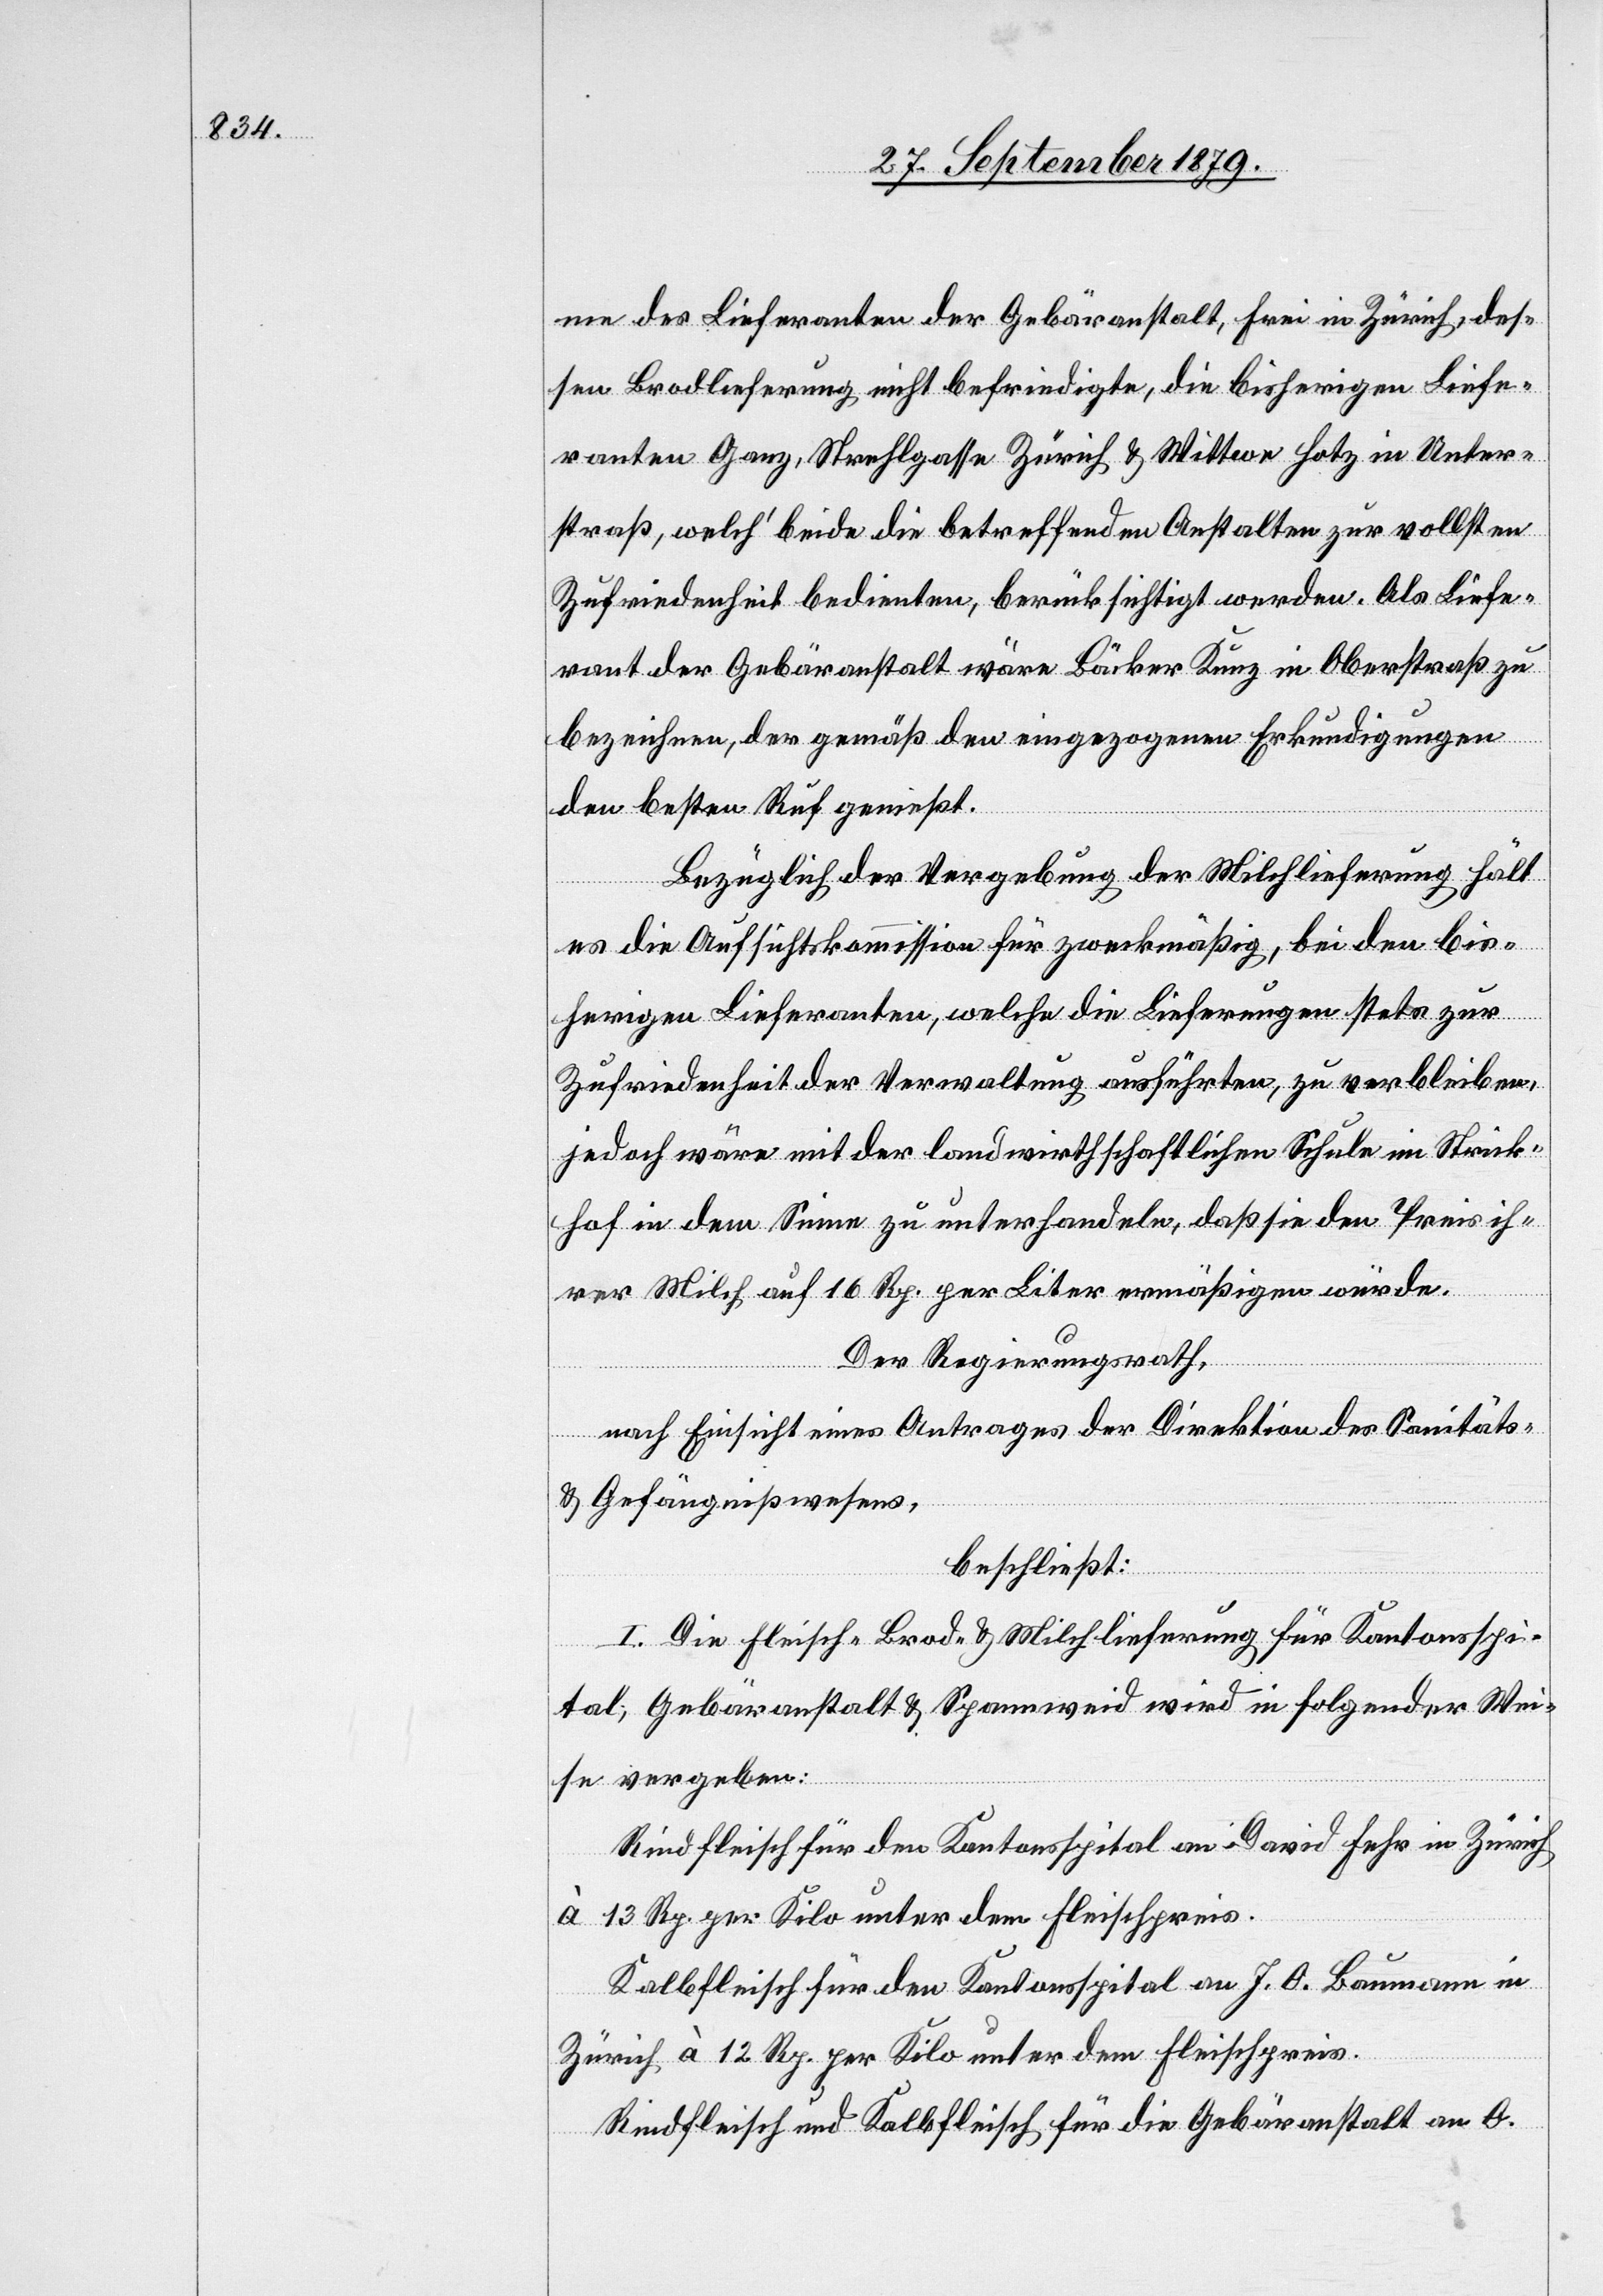
me des Lieferanten der Gebäranstalt, Frei in Zürich, des¬
sen Brodlieferung nicht befriedigte, die bisherigen Liefe¬
ranten Ganz, Strehlgasse Zürich & Wittwe Hotz in Unter¬
straß, welch’ beide die betreffenden Anstalten zur vollsten
Zufriedenheit bedienten, berücksichtigt werden. Als Liefe¬
rant der Gebäranstalt wäre Bäcker Kunz in Oberstraß zu
bezeichnen, der gemäß den eingezogenen Erkundigungen
den besten Ruf genießt.
Bezüglich der Vergebung der Milchlieferung hält
es die Aufsichtskommission für zweckmäßig, bei den bis¬
herigen Lieferanten, welche die Lieferungen stets zur
Zufriedenheit der Verwaltung ausführten, zu verbleiben,
jedoch wäre mit der landwirthschaftlichen Schule im Strick¬
hof in dem Sinne zu unterhandeln, daß sie den Preis ih¬
rer Milch auf 16 Rp. per Liter ermäßigen würde.
Der Regierungsrath,
nach Einsicht eines Antrages der Direktion des Sanitäts-
& Gefängnißwesens,
beschließt:
I. Die Fleisch-[,] Brod- & Milchlieferung für Kantonsspi¬
tal, Gebäranstalt & Spannweid wird in folgender Wei¬
se vergeben:
Rindfleisch für den Kantonsspital an David Fehr in Zürich
à 13 Rp. per Kilo unter Fleischpreis.
Kalbfleisch für den Kantonsspital an J. O. Baumann in
Zürich à 12 Rp. per Kilo unter dem Fleischpreis.
Rindfleisch und Kalbfleisch für die Gebäranstalt an O.